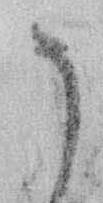
そ